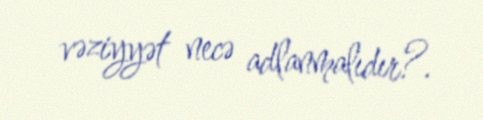
vəziyyət necə adlanmalıdır?.